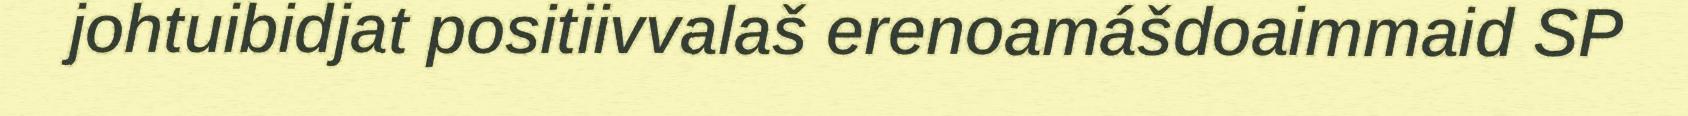
johtuibidjat positiivvalaš erenoamášdoaimmaid SP